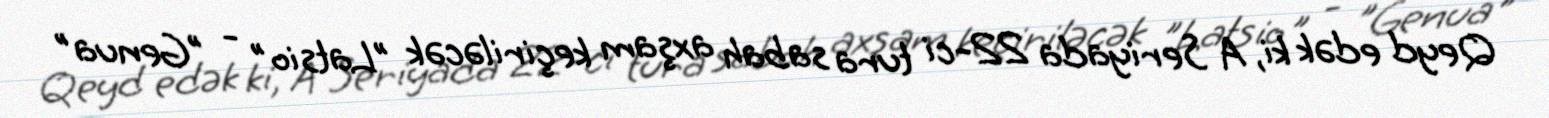
Qeyd edək ki, A Seriyada 22-ci tura sabah axşam keçiriləcək "Latsio" - "Genua"